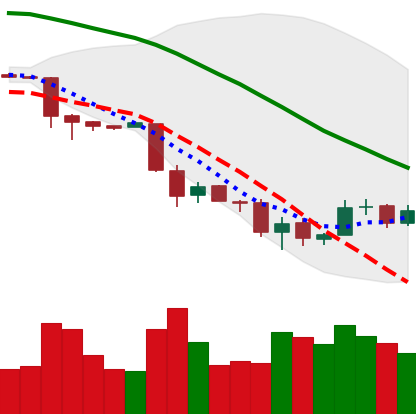
Ticker: BTC-USD
Chart end date: 2018-12-01
Forward return: -16.456%
Label: down_7plus